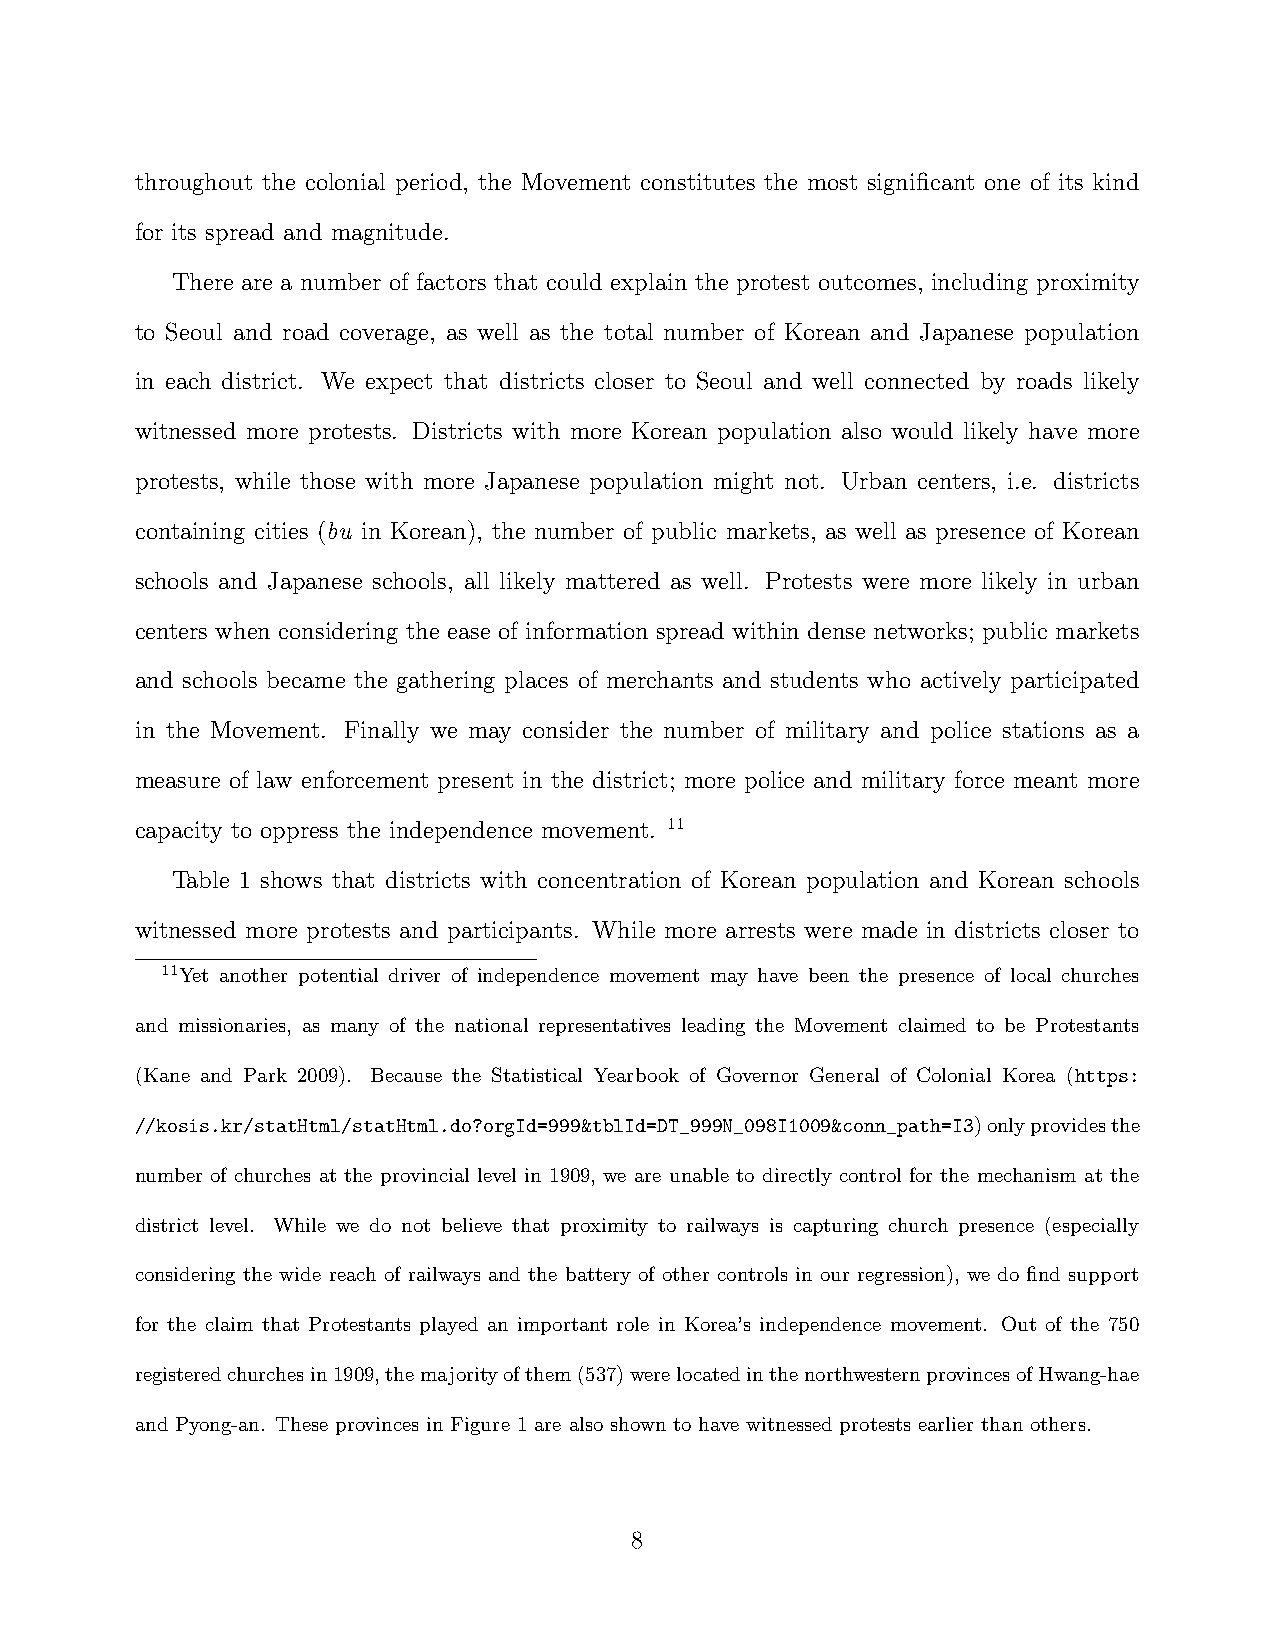
throughout the colonial period, the Movement constitutes the most significant one of its kind
 for its spread and magnitude.
 There are a number of factors that could explain the protest outcomes, including proximity
 to Seoul and road coverage, as well as the total number of Korean and Japanese population
 in each district. We expect that districts closer to Seoul and well connected by roads likely
 witnessed more protests. Districts with more Korean population also would likely have more
 protests, while those with more Japanese population might not. Urban centers, i.e. districts
 containing cities (bu in Korean), the number of public markets, as well as presence of Korean
 schools and Japanese schools, all likely mattered as well. Protests were more likely in urban
 centers when considering the ease of information spread within dense networks; public markets
 and schools became the gathering places of merchants and students who actively participated
 in the Movement. Finally we may consider the number of military and police stations as a
 measure of law enforcement present in the district; more police and military force meant more
 capacity to oppress the independence movement. 11
 Table 1 shows that districts with concentration of Korean population and Korean schools
 witnessed more protests and participants. While more arrests were made in districts closer to
 11Yet another potential driver of independence movement may have been the presence of local churches
 and missionaries, as many of the national representatives leading the Movement claimed to be Protestants
 (Kane and Park 2009). Because the Statistical Yearbook of Governor General of Colonial Korea (https:
 //kosis.kr/statHtml/statHtml.do?orgId=999&tblId=DT_999N_098I1009&conn_path=I3)onlyprovidesthe
 number of churches at the provincial level in 1909, we are unable to directly control for the mechanism at the
 district level. While we do not believe that proximity to railways is capturing church presence (especially
 considering the wide reach of railways and the battery of other controls in our regression), we do find support
 for the claim that Protestants played an important role in Korea’s independence movement. Out of the 750
 registeredchurchesin1909,themajorityofthem(537)werelocatedinthenorthwesternprovincesofHwang-hae
 and Pyong-an. These provinces in Figure 1 are also shown to have witnessed protests earlier than others.
 8